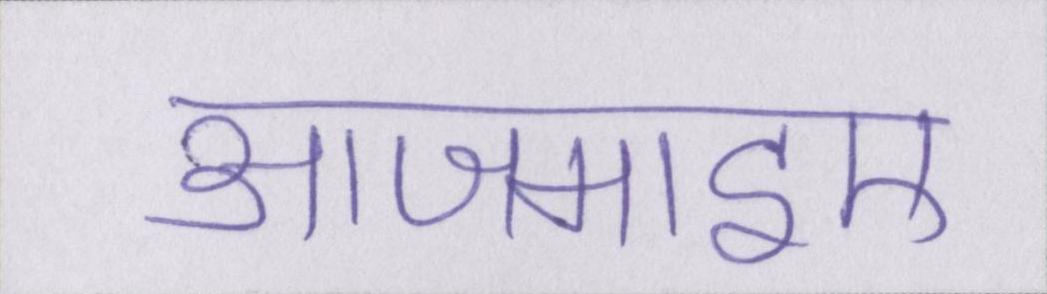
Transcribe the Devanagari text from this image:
आजमाइए